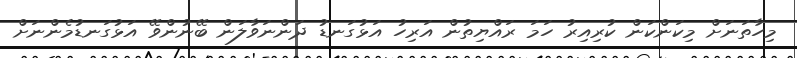
މިހާތަނަށް މިކަންކަން ކުރިއިރު ހަމަ ރައްޔިތުން އަރިހު އަޅުގަނޑު ދަންނަވާލަން ބޭނުންވޭ އަޅުގަނޑުމެންނަށް